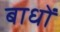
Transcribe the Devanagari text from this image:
बाधों